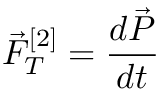
\vec { F } _ { T } ^ { [ 2 ] } = \frac { d \vec { P } } { d t }